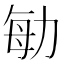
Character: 勄